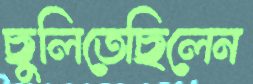
ছুলিতেছিলেন